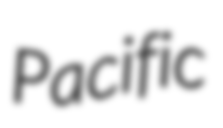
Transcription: Pacific